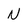
Character: N